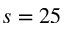
s = 2 5